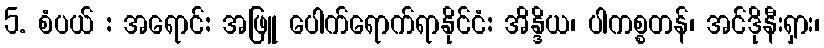
5. စံပယ် : အရောင်: အဖြူ ပေါက်ရောက်ရာနိုင်ငံ: အိန္ဒိယ၊ ပါကစ္စတန်၊ အင်ဒိုနီးရှား၊